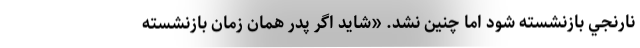
نارنجي بازنشسته شود اما چنين نشد. «شايد اگر پدر همان زمان بازنشسته